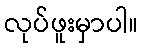
လုပ်ဖူးမှာပါ။